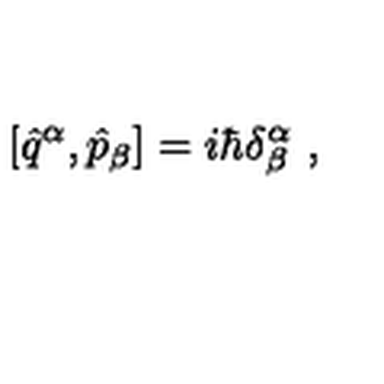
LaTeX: [ \hat { q } ^ { \alpha } , \hat { p } _ { \beta } ] = i \hbar \delta _ { \beta } ^ { \alpha } \ ,